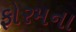
ફોરમના